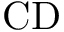
\mathrm { C D }